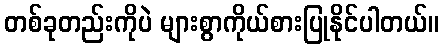
တစ်ခုတည်းကိုပဲ များစွာကိုယ်စားပြုနိုင်ပါတယ်။